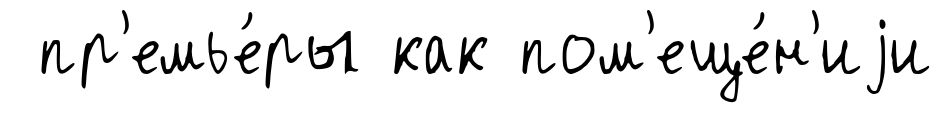
пр'емье́ры как пом'еще́н'иjи